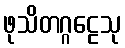
ဖုသိတဂ္ဂဠေသု